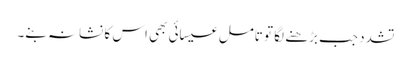
تشدد جب بڑھنے لگا تو تامل عیسائی بھی اس کا نشانہ بنے۔